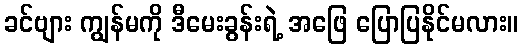
ခင်ဗျား ကျွန်မကို ဒီမေးခွန်းရဲ့ အဖြေ ပြောပြနိုင်မလား။